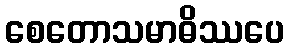
စေတောသမာဓိဿပေ